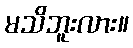
မသိဘူးလား။